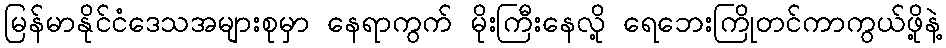
မြန်မာနိုင်ငံဒေသအများစုမှာ နေရာကွက် မိုးကြီးနေလို့ ရေဘေးကြိုတင်ကာကွယ်ဖို့နဲ့